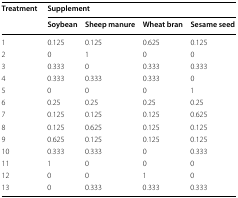
<table><thead><tr><td rowspan="2"><b>Treatment</b></td><td colspan="4"><b>Supplement</b></td></tr><tr><td><b>Soybean</b></td><td><b>Sheep manure</b></td><td><b>Wheat bran</b></td><td><b>Sesame seed</b></td></tr></thead><tbody><tr><td>1</td><td>0.125</td><td>0.125</td><td>0.625</td><td>0.125</td></tr><tr><td>2</td><td>0</td><td>1</td><td>0</td><td>0</td></tr><tr><td>3</td><td>0.333</td><td>0</td><td>0.333</td><td>0.333</td></tr><tr><td>4</td><td>0.333</td><td>0.333</td><td>0.333</td><td>0</td></tr><tr><td>5</td><td>0</td><td>0</td><td>0</td><td>1</td></tr><tr><td>6</td><td>0.25</td><td>0.25</td><td>0.25</td><td>0.25</td></tr><tr><td>7</td><td>0.125</td><td>0.125</td><td>0.125</td><td>0.625</td></tr><tr><td>8</td><td>0.125</td><td>0.625</td><td>0.125</td><td>0.125</td></tr><tr><td>9</td><td>0.625</td><td>0.125</td><td>0.125</td><td>0.125</td></tr><tr><td>10</td><td>0.333</td><td>0.333</td><td>0</td><td>0.333</td></tr><tr><td>11</td><td>1</td><td>0</td><td>0</td><td>0</td></tr><tr><td>12</td><td>0</td><td>0</td><td>1</td><td>0</td></tr><tr><td>13</td><td>0</td><td>0.333</td><td>0.333</td><td>0.333</td></tr></tbody></table>